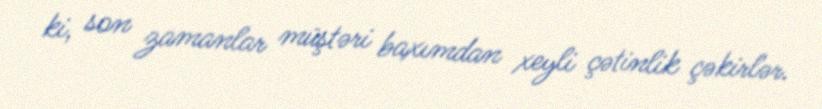
ki, son zamanlar müştəri baxımdan xeyli çətinlik çəkirlər.